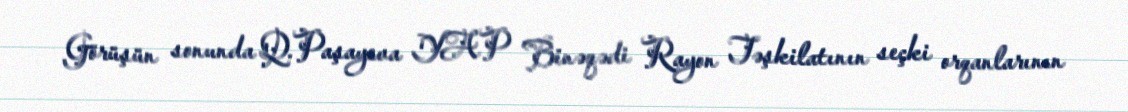
Görüşün sonunda Q.Paşayeva YAP Binəqədi Rayon Təşkilatının seçki orqanlarının